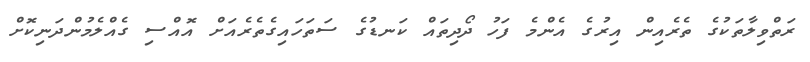
ރަތްވިލާތަކުގެ ތެރެއިން އިރުގެ އެންމެ ފަހު ދޯދިތައް ކަނޑުގެ ސަތަހައިގެތެރެއަށް އޮއްސި ގެއްލެމުންދަނިކޮށް